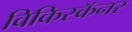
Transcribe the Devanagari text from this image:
विकिस्कॅनर